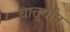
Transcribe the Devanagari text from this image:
चातुर्याम